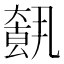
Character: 𡙺